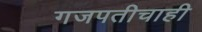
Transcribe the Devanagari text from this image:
गजपतीचाही